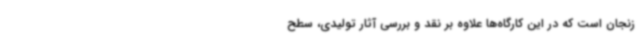
زنجان است که در این کارگاه‌ها علاوه بر نقد و بررسی آثار تولیدی، سطح